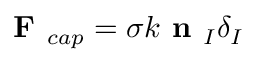
\textbf { F } _ { c a p } = \sigma k \textbf { n } _ { I } \delta _ { I }